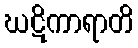
ဃဋိကာရာတိ